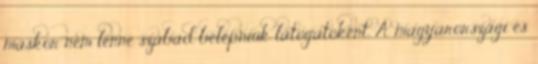
máskor nem lenne szabad belépniük látogatóként. A magyarországi és